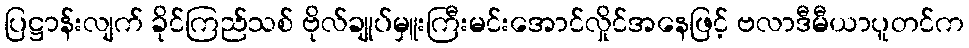
ပြဋ္ဌာန်းလျက် ခိုင်ကြည်သစ် ဗိုလ်ချုပ်မှူးကြီးမင်းအောင်လှိုင်အနေဖြင့် ဗလာဒီမီယာပူတင်က